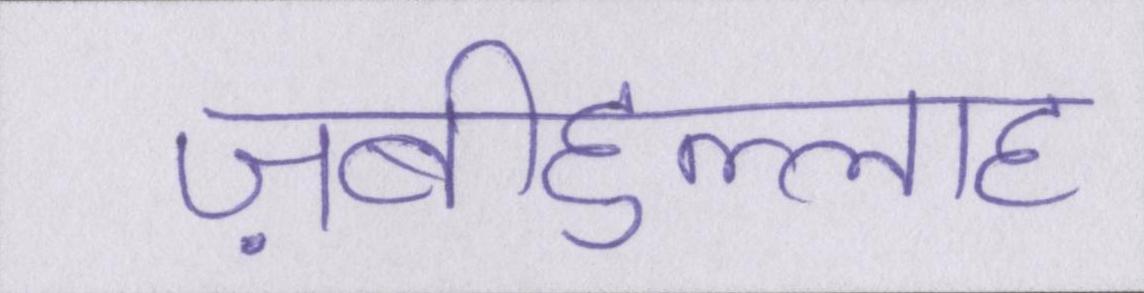
ज़बीहुल्लाह